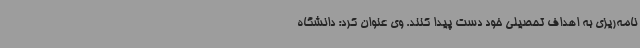
نامه‌ریزی به اهداف تحصیلی خود دست پیدا کنند. وی عنوان کرد: دانشگاه